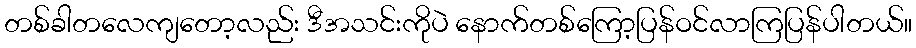
တစ်ခါတလေကျတော့လည်း ဒီအသင်းကိုပဲ နောက်တစ်ကြော့ပြန်ဝင်လာကြပြန်ပါတယ်။